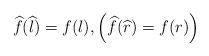
LaTeX: \begin{align*}\widehat{f}(\widehat{l})=f(l),\left(\widehat{f}(\widehat{r})=f(r) \right)\end{align*}